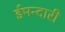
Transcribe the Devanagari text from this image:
ईमन्दारी